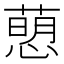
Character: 𢡗